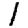
Digit: 1